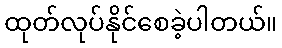
ထုတ်လုပ်နိုင်စေခဲ့ပါတယ်။